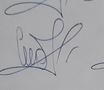
Signature authenticity: genuine